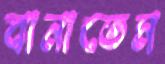
বানাতেম